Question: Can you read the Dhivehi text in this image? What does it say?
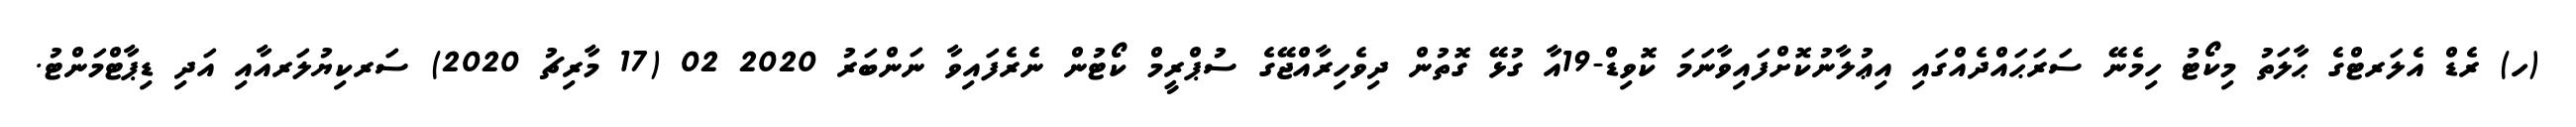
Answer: (ހ) ރެޑް އެލަރޓްގެ ޙާލަތު މިކޯޓު ހިމެނޭ ސަރަޙައްދެއްގައި އިޢުލާނުކޮށްފައިވާނަމަ ކޮވިޑް-19އާ ގުޅޭ ގޮތުން ދިވެހިރާއްޖޭގެ ސުޕްރީމް ކޯޓުން ނެރެފައިވާ ނަންބަރު 2020 02 (17 މާރިޗު 2020) ސަރކިޔުލަރއާއި އަދި ޑިޕާޓްމަންޓު.